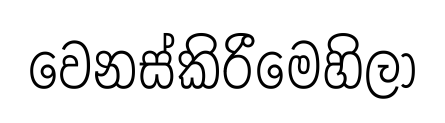
වෙනස්කිරීමෙහිලා